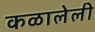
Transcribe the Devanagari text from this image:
कळालेली